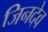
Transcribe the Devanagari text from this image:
जिनदेव